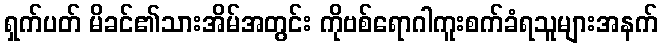
ရှက်ပတ် မိခင်၏သားအိမ်အတွင်း ကိုဗစ်ရောဂါကူးစက်ခံရသူများအနက်